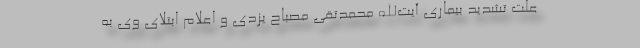
علت تشدید بیماری آیت‌الله محمدتقی مصباح یزدی و اعلام ابتلای وی به